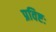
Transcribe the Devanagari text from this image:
प्रविष्टः